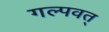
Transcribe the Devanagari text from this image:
गल्पवत्